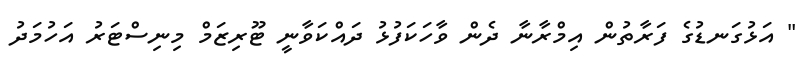
" އަޅުގަނޑުގެ ފަރާތުން އިމްރާނާ ދެން ވާހަކަފުޅު ދައްކަވާނީ ޓޫރިޒަމް މިނިސްޓަރު އަހުމަދު